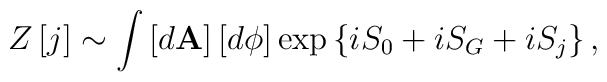
Z\left[ j\right] \sim \int \left[ d\mathbf{A}\right] \left[ d\phi \right]\exp \left\{ iS_0+iS_G+iS_j\right\} ,